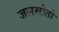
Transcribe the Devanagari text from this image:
जलस्रोतो